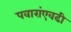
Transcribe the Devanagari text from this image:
पवारांएवढी